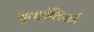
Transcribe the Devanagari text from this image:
सुलावेशियाई